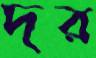
দর